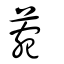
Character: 菀